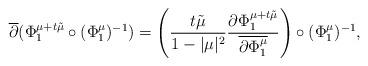
LaTeX: \begin{align*} \overline{\partial}(\Phi_1^{\mu+t \tilde\mu}\circ (\Phi_1^\mu)^{-1})=\left(\frac{t\tilde\mu}{1-\vert\mu\vert^2}\frac{\partial \Phi_1^{\mu+t\tilde\mu}}{\overline{\partial \Phi_1^\mu}}\right)\circ (\Phi_1^\mu)^{-1},\end{align*}